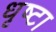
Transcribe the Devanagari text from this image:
धृष्टा